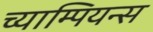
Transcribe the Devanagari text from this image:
च्याम्पियन्स